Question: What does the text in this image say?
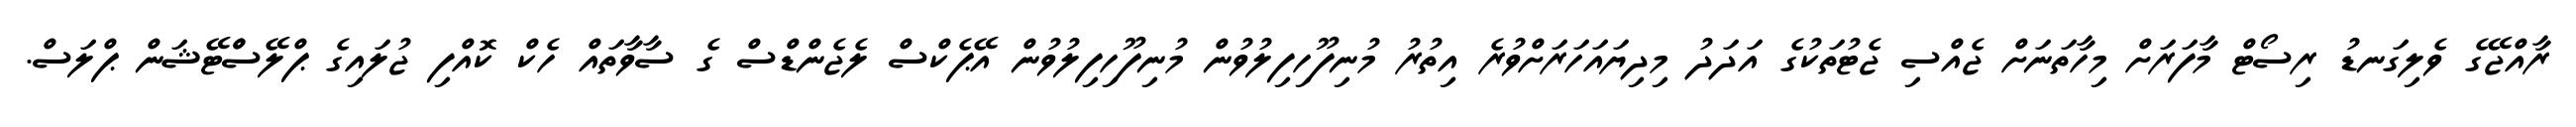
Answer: ރާއްޖޭގެ ވެލިގަނޑު ރިސޯޓް މާފަރަށް މިހާތަނަށް ޖެއްސި ޖެޓުތަކުގެ އަދަދު މިދިޔައަހަރަށްވުރެ އިތުރު މުނިފޫހިފިލުވުން މުނިފޫހިފިލުވުން އޭޕެކްސް ލެޖެންޑްސް ގެ ސާވާތައް ހެކް ކޮއްފި ޖުލައިގެ ޕްލޭސްްޓޭޝަން ޕްލަސް.